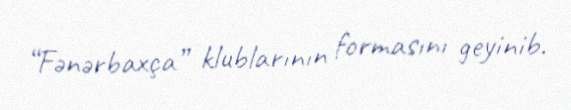
“Fənərbaxça” klublarının formasını geyinib.